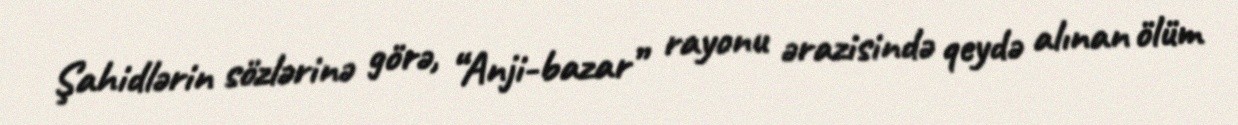
Şahidlərin sözlərinə görə, “Anji-bazar” rayonu ərazisində qeydə alınan ölüm